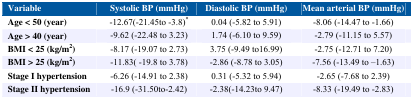
| Variable | Systolic BP (mmHg) | Diastolic BP (mmHg) | Mean arterial BP (mmHg) |
 | --- | --- | --- | --- |
 | Age < 50 (year) | −12.67(−21.45to −3.8)* | 0.04 (−5.82 to 5.91) | −8.06 (−14.47 to −1.66) |
 | Age > 40 (year) | −9.62 (−22.48 to 3.23) | 1.74 (−6.10 to 9.59) | −2.79 (−11.15 to 5.57) |
 | BMI < 25 (kg/m2) | −8.17 (−19.07 to 2.73) | 3.75 (−9.49 to16.99) | −2.75 (−12.71 to 7.20) |
 | BMI > 25 (kg/m2) | −11.83( −19.8 to 3.78) | −2.86 (−8.78 to 3.05) | −7.56 (−13.49 to–1.63) |
 | Stage I hypertension | −6.26 (−14.91 to 2.38) | 0.31 (−5.32 to 5.94) | −2.65 (−7.68 to 2.39) |
 | Stage II hypertension | −16.9 (−31.50to−2.42) | −2.38(−14.23to 9.47) | −8.33 (−19.49 to −2.83) |